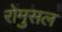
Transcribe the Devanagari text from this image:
रोमुसल